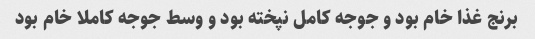
برنج غذا خام بود و جوجه کامل نپخته بود و وسط جوجه کاملا خام بود